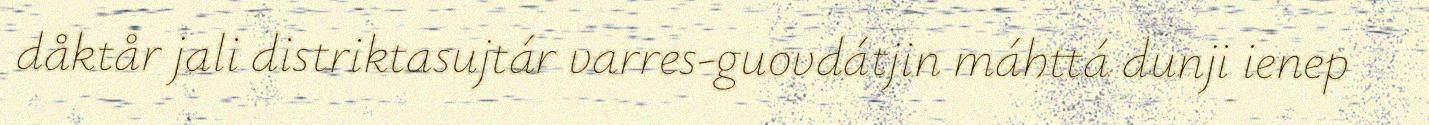
dåktår jali distriktasujtár varres-guovdátjin máhttá dunji ienep